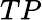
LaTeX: TP